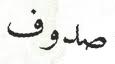
صدوف